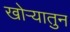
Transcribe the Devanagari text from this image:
खोऱ्यातुन